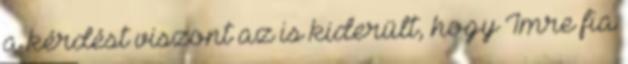
a kérdést viszont az is kiderült, hogy Imre fia